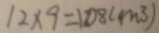
1 2 \times 9 = 1 0 8 ( m ^ { 3 } )